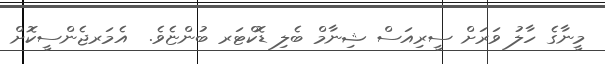
މީނާގެ ހާލު ވަރަށް ސީރިއަސް ޝިނާމް ބެލި ޑޮކްޓަރ ބުންޏެވެ.  އެމަރޖެންސީކޮށް